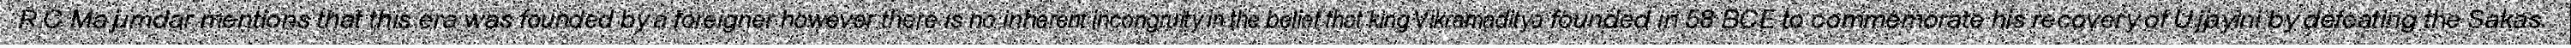
R C Majumdar mentions that this era was founded by a foreigner however there is no inherent incongruity in the belief that king Vikramaditya founded in 58 BCE to commemorate his recovery of Ujjayini by defeating the Sakas.